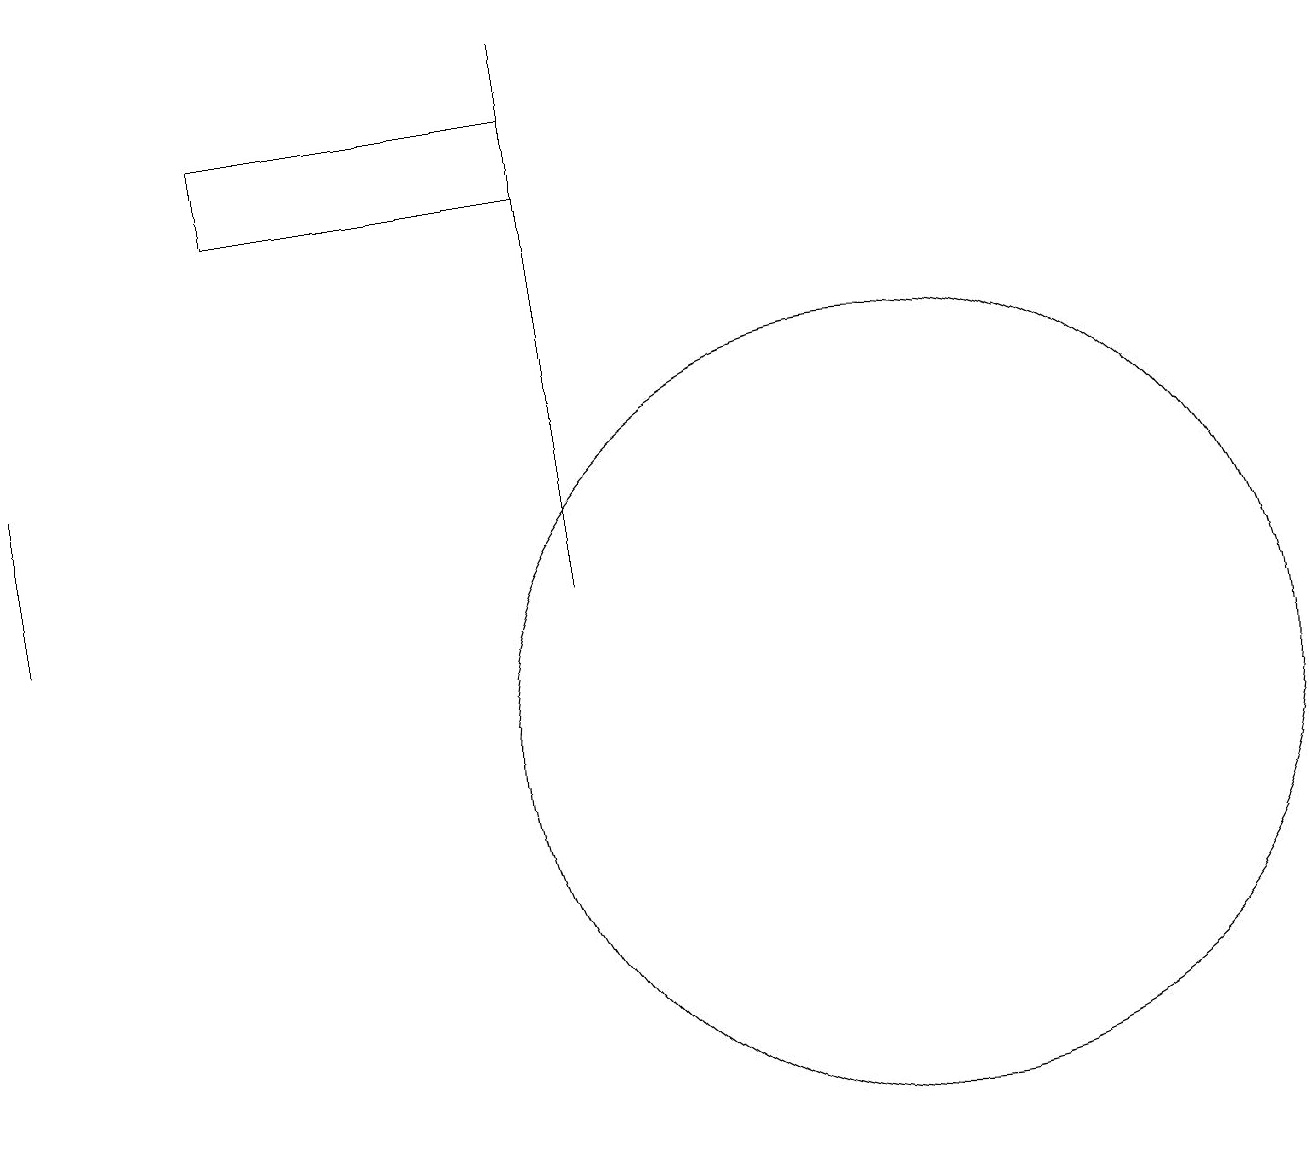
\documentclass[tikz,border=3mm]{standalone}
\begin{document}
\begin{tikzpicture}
\draw (0,14) rectangle (0,12);
\draw (11,10) circle (5);
\draw (7,17) rectangle (3,18);
\draw (7,19) rectangle (7,12);
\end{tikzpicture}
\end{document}